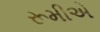
રૂમીએ